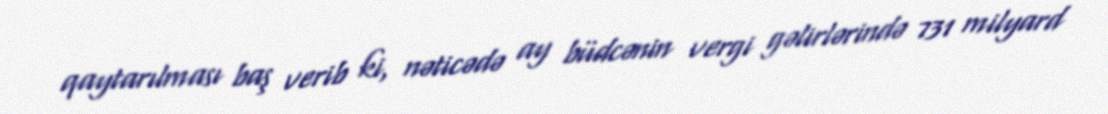
qaytarılması baş verib ki, nəticədə ay büdcənin vergi gəlirlərində 731 milyard